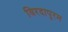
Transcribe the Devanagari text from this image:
विरदापुरम